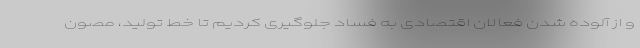
و از آلوده شدن فعالان اقتصادی به فساد جلوگیری کردیم تا خط تولید، مصون